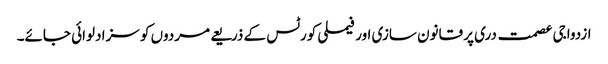
ازدواجی عصمت دری پر قانون سازی اور فیملی کورٹس کے ذریعے مردوں کو سزا دلوائی جائے۔